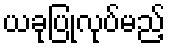
ယခုပြုလုပ်မည့်